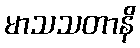
မာသသတာနိ